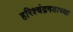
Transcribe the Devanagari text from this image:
हरिश्चंद्रगडाच्या